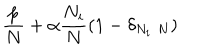
\frac { p } { N } + \alpha \frac { N _ { i } } { N } \left( 1 - \delta _ { N _ { i } \, \, N } \right) \, \,